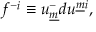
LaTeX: f ^ { - i } \equiv u _ { \underline { { m } } } ^ { - } d u ^ { \underline { { { m } } } i } ,